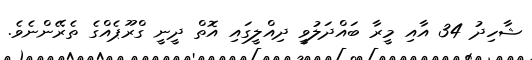
ޝާހިދު 34 އާއި މީރާ ބައްދަލުވީ ދިއްލީގައި އޮތް ދީނީ ގްރޫޕެއްގެ ތެރޭންނެވެ.